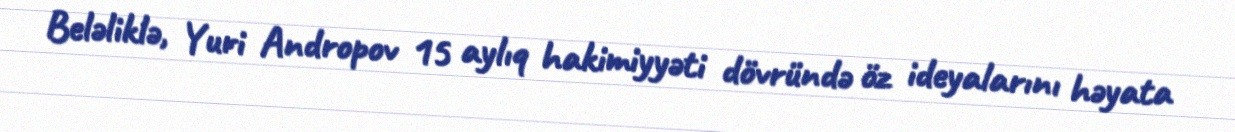
Beləliklə, Yuri Andropov 15 aylıq hakimiyyəti dövründə öz ideyalarını həyata